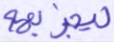
ليجزيهم